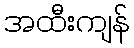
အထီးကျန်